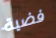
فضية